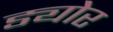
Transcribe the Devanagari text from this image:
ड्योर